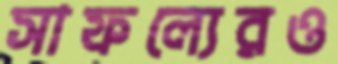
সাফল্যেরও